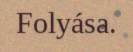
Folyása.